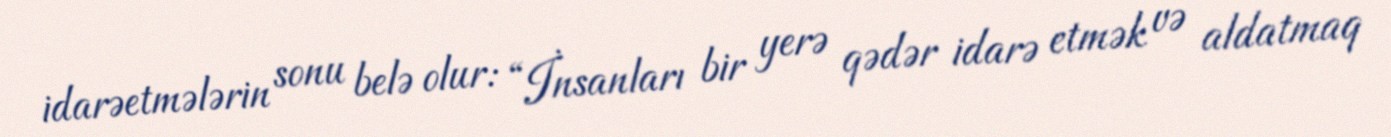
idarəetmələrin sonu belə olur: “İnsanları bir yerə qədər idarə etmək və aldatmaq